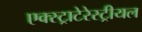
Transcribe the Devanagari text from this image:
एक्स्ट्राटेरेस्ट्रीयल